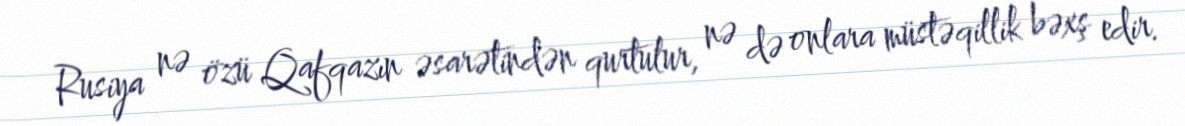
Rusiya nə özü Qafqazın əsarətindən qurtulur, nə də onlara müstəqillik bəxş edir.